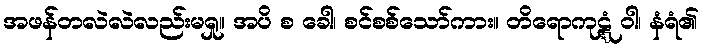
အဖန်တလဲလဲလည်းမရှု။ အပိ စ ခေါ၊ စင်စစ်သော်ကား။ တိရောကုဋ္ဋံ ဝါ၊ နံရံ၏